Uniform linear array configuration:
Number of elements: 4
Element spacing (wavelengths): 0.75
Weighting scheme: cosine
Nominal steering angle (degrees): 0
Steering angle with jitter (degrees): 1.689
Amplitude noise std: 0.05
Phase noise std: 0.05

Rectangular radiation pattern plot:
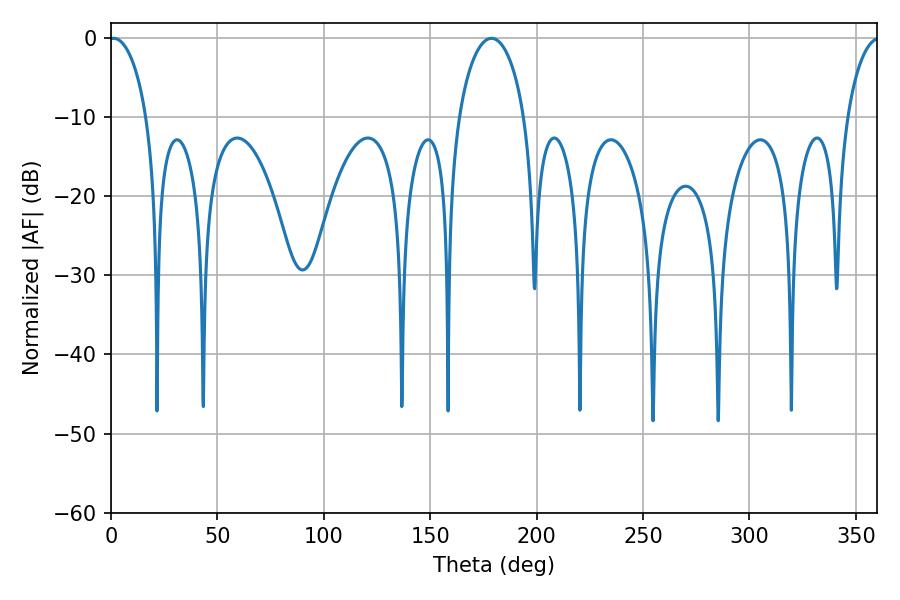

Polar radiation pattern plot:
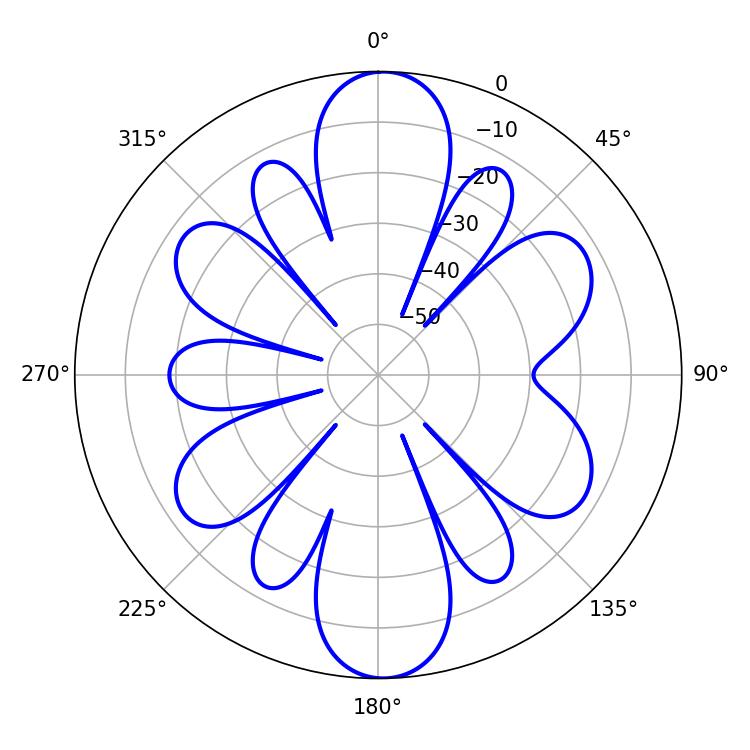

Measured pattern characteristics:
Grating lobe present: TRUE
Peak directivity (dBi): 20.239
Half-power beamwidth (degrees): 10.08
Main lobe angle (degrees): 1.26